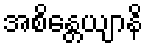
အစိန္တေယျာနိ